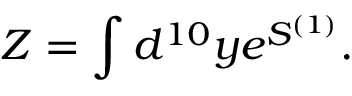
Z = \int d ^ { 1 0 } y e ^ { S ^ { ( 1 ) } } .